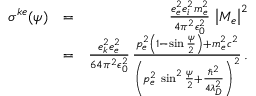
\begin{array} { r l r } { \sigma ^ { k e } ( \psi ) } & { = } & { \frac { e _ { e } ^ { 2 } e _ { i } ^ { 2 } m _ { e } ^ { 2 } } { 4 \pi ^ { 2 } \epsilon _ { 0 } ^ { 2 } } \, \left| M _ { e } \right| ^ { 2 } } \\ & { = } & { \frac { e _ { k } ^ { 2 } e _ { e } ^ { 2 } } { 6 4 \pi ^ { 2 } \epsilon _ { 0 } ^ { 2 } } \, \frac { p _ { e } ^ { 2 } \left( 1 - \sin \frac { \psi } { 2 } \right) + m _ { e } ^ { 2 } c ^ { 2 } } { \left( p _ { e } ^ { 2 } \, \sin ^ { 2 } \frac { \psi } { 2 } + \frac { \hbar ^ { 2 } } { 4 \lambda _ { D } ^ { 2 } } \right) ^ { 2 } } \, . } \end{array}